Scientific memoirs by medical officers of the Army of India - Part X,
Year: 1897
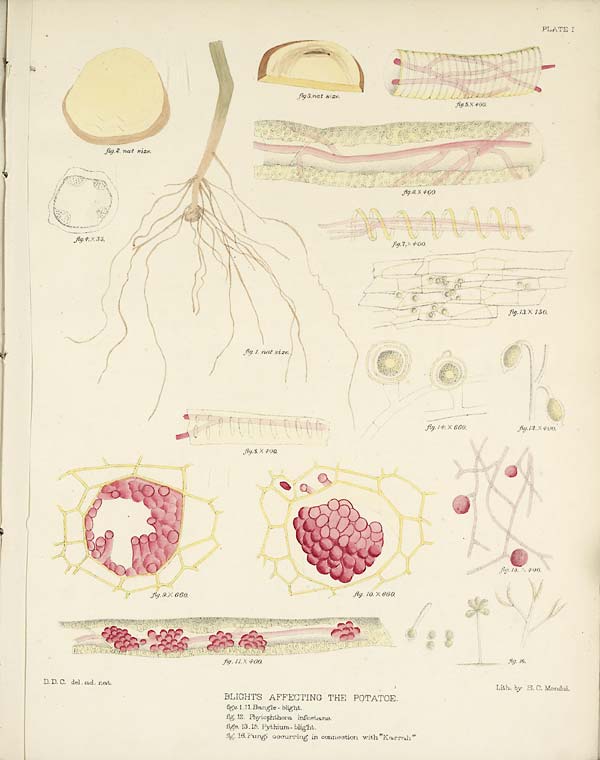
PLATE I
D. D. C. del. ad. nat.
BLIGHTS AFFECTING THE POTATOE.